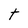
Character: t